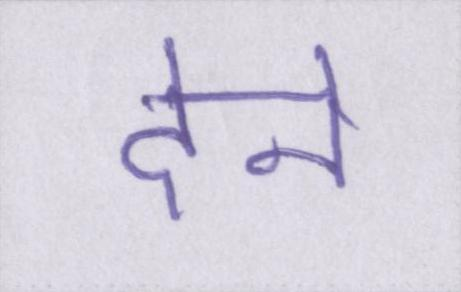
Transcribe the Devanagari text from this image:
देने